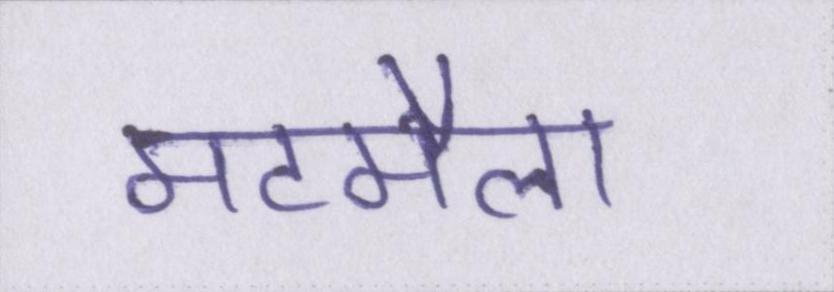
मटमैला